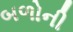
બળોની